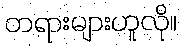
တရားများဟူလို။